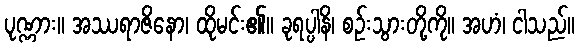
ပုဏ္ဏား။ အဿရာဇိနော၊ ထိုမင်း၏။ ခုရပ္ပါနိ၊ စဉ်းသွားတို့ကို။ အဟံ၊ ငါသည်။